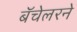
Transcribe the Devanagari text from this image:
बॅचेलरने